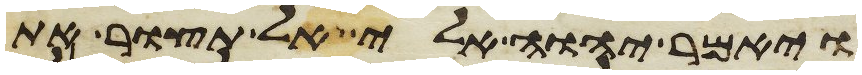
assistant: ויאמר יהוה אלי אל תצור את